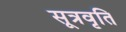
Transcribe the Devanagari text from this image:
सूत्रवृति